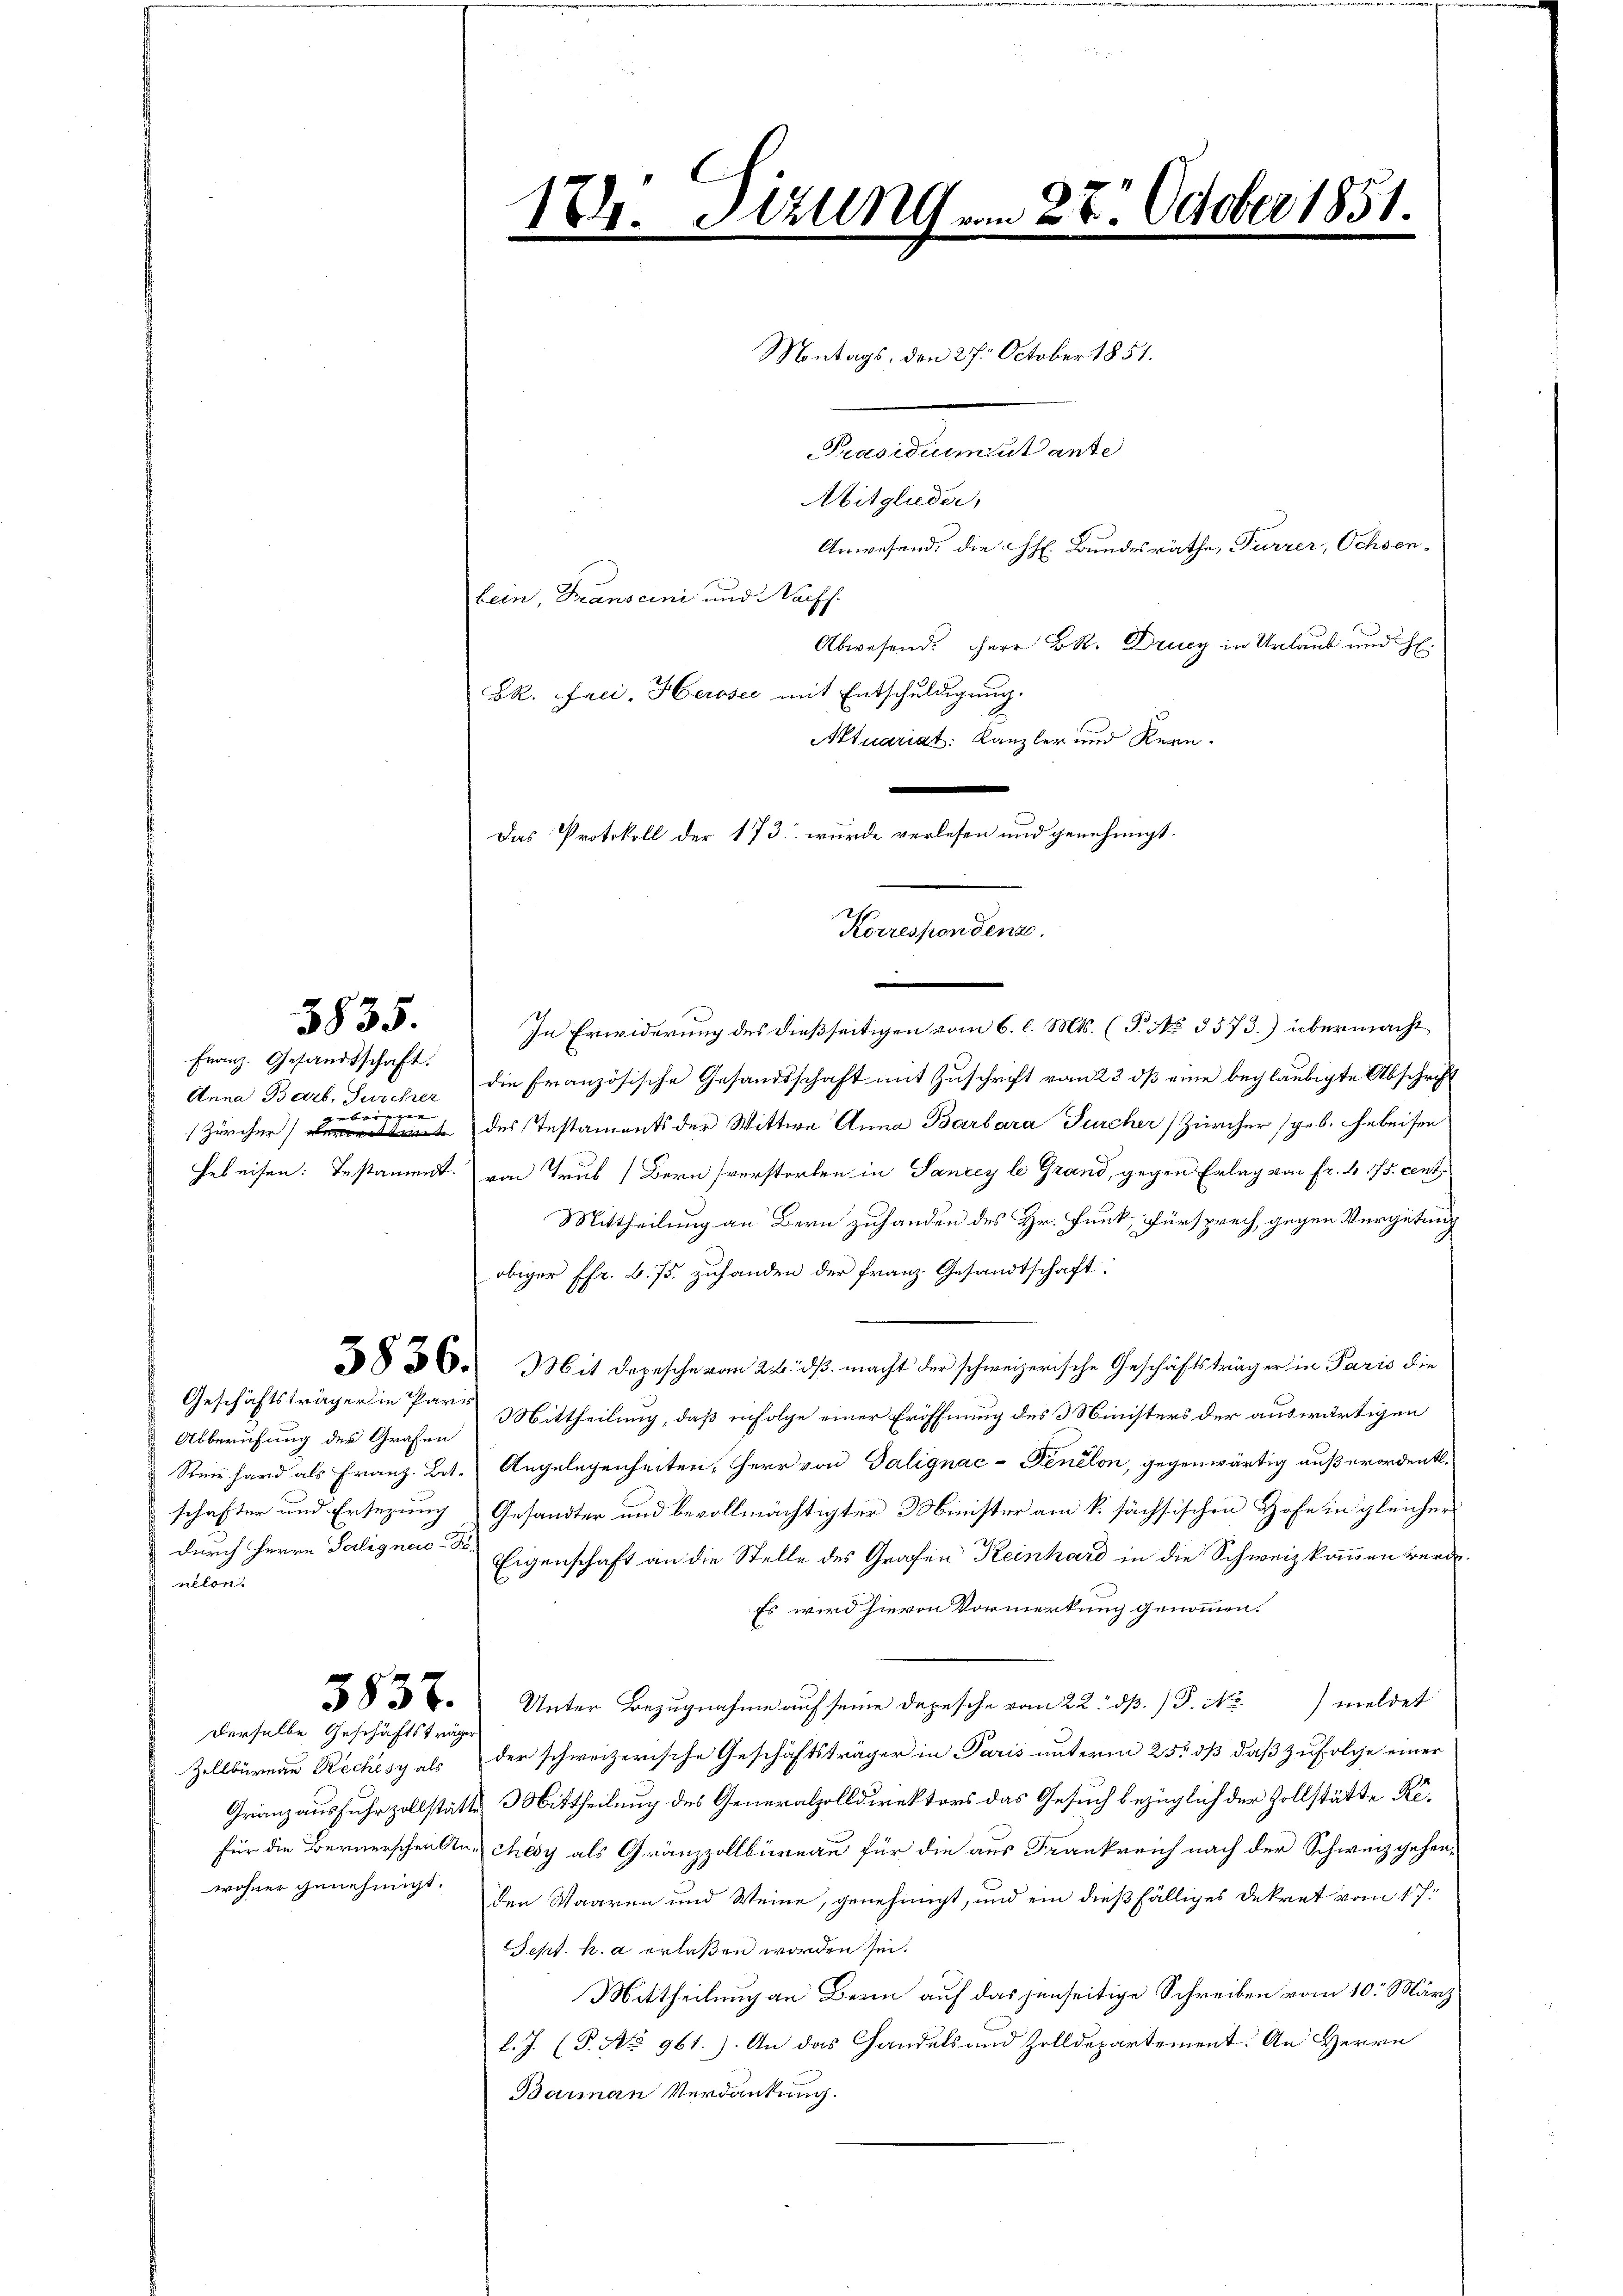
bein, Franscini und Nach
Abwesend. Herr BR. Drucy in Urlaub und H.
BR. Frei, Herose mit Entschuldigung.
Aktuariat. Kanzler und Kern.
Korrespondenz.
In Erwiderung des dießseitigen vom 6. l. Mts. (T. No 3573.) übermacht
Anna Barb. Durcher die Französische Gesandtschaft mit Zuschrift vom 23 dß eine beglaubigte Abschrift
Zürcher des Testaments der Wittwe Anna Barbara Furcher Zürcher (geb. hebeisen
Gebeisen: Testament. von Trub (Bern verstorben in Sancey le Grand, gegen Erlag von Fr. 475. cent
Mittheilung an Bern zuhanden des Hr. Funk, Fürsprech, gegen Vergütung
obiger Pfr. b. 75. zuhanden der Franz Gesandtschaft:
830. Mit Depesche vom 24. ds. macht der schweizerische Geschäftsträger in Paris die
Geschäftsträger in Pars Mittheilung, daß infolge einer Eröffnung des 3 Ministers der auswärtigen
Abberufung der Grafen
Reinhard als Franz-Bet. Angelegenheiten, Herr von Talignac-Fenélon, gegenwärtig außerordentl.
schafter und Ersezung, Gesandter und bevollmächtigter Minister am k. sächsischen Hofe in gleicher
durch Herrn Salignes Eigenschaft an die Stelle des Grafen Keinhard in die Schweiz kommen werde.
nund
Es wird hievon Vormerkung genommen.
837. Unter Bezugnahme auf seine Depesche vom 22. dβ. P. Nr. meldet
Derselbe Geschäftsträge
Zollbüreau Reches als der schweizerische Geschäftsträger in Paris unterm 25. dß daß zufolge einer
Gränzausfuhrzollstätte Mittheilung des Generalzolldirektors das Gesuch bezüglich der Zollstätte Refür die Bernerschen An-chésy als Gränzzollbüreau für die aus Frankreich nach der Schweiz gehenwohner genehmigt. Den Waaren und Weine, genehmigt, und ein dießfälliges Dekret vom 17.
Sept. h. a erlaßen worden sei.
Mittheilung an Bern auf das jenseitige Schreiben vom 10. März
l. J. (T. No 961.). An das Handels und Zolldepartement. An Herrn
Barman Verdankung.

Franz. Gesandtschaft.
e

3835.

Das Protokoll der 173 wurde verlesen und genehmigt.

Sitzung.

.

Montags, den 27. October 1851.
Präsidium ut ante.
Mitglieder,
Anwesend: die h. Bundesräthe, Furrer, Ochsen¬